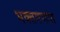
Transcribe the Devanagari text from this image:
भक्तगणांत